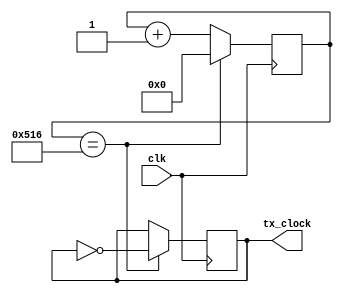
//this is a clock or baud rate genrator of the tx the uart ip 
// engineer name - Deepak Sharda 
// Date - 21 jan,2024 1:20pm 

module tx_clock_divider 
#(parameter system_clock = 25000000 ,// Fpga or system oscillator frequency 
  parameter tx_baudrate = 9600 )  // define the input baud rate 

  ( input clk, // system closk frequency input 
    output reg tx_clock // required output clock frequnecy ;
   );

localparam tx_counter_max  = system_clock/(2*tx_baudrate) ; // maxing value of counter before reset
localparam tx_counter_width = $clog2(tx_counter_max); // no of bits requried for the counter using log of 2

reg [tx_counter_width-1:0] tx_counter =0;  // counter register for rx goes max to rx_counter_max 

initial begin
    tx_clock = 1'b0;  // intializing the clock value as zero 
end

always @ (posedge clk) begin
    if (tx_counter == tx_counter_max[tx_counter_width-1:0]) begin // comparing if the counter has reached the maximum vlauve
        tx_counter <= 0;   // if yes then resent it to 0
        tx_clock     <= ~ tx_clock; // and change the clock from + to -
    end 
    else begin
        tx_counter <= tx_counter + 1'b1; // otherwise increment the counter 
    end


    
end
endmodule